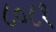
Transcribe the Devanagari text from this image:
८०८१